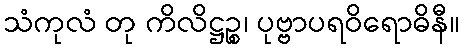
သံကုလံ တု ကိလိဋ္ဌဉ္စ၊ ပုဗ္ဗာပရဝိရောဓိနီ။